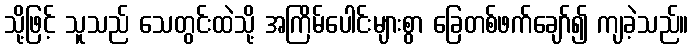
သို့ဖြင့် သူသည် သေတွင်းထဲသို့ အကြိမ်ပေါင်းများစွာ ခြေတစ်ဖက်ချော်၍ ကျခဲ့သည်။